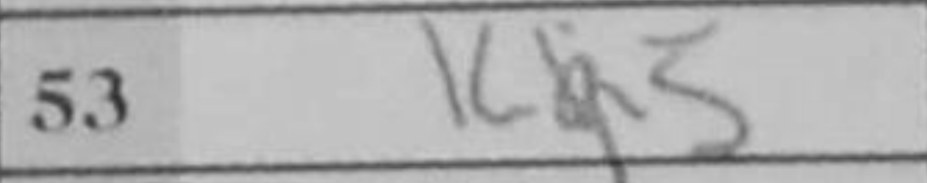
Transcription: Ka5